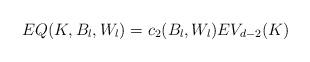
LaTeX: \begin{align*}EQ(K,B_l,W_l)=c_2(B_l,W_l) E V_{d-2}(K) \end{align*}